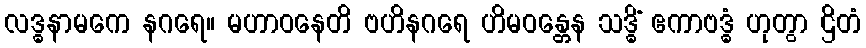
လဒ္ဓနာမကေ နဂရေ။ မဟာဝနေတိ ဗဟိနဂရေ ဟိမဝန္တေန သဒ္ဓိံ ဧကာဗဒ္ဓံ ဟုတွာ ဌိတံ